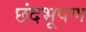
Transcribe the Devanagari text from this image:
छंदभूषण